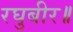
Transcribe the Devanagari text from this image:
रघुबीर॥